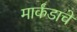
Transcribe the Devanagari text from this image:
मार्कंडाचे